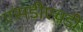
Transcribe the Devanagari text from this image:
एसडीएचडी